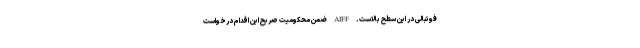
فوتبالی در این سطح بالاست. AIFF ضمن محکومیت صریح این اقدام درخواست